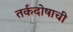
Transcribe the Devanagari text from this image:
तर्कदोषाची